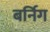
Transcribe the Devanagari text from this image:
बर्निग